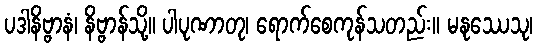
ပဒါနိဗ္ဗာနံ၊ နိဗ္ဗာန်သို့။ ပါပုဏာတု၊ ရောက်စေကုန်သတည်း။ မနုဿေသု၊